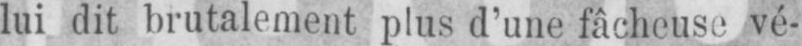
lui dit brutalement plus d’une fâcheuse vé-